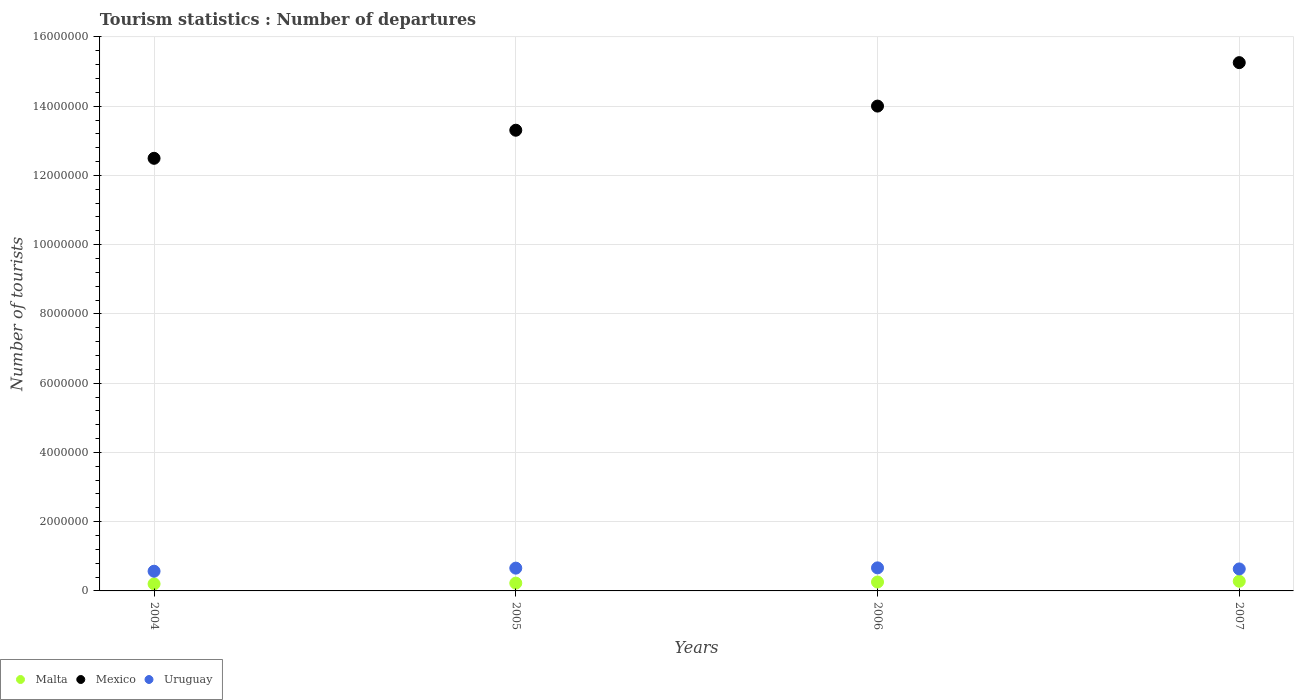
| Years | Malta | Mexico | Uruguay |
 | --- | --- | --- | --- |
 | 2004 | 2.03e+05 | 1.25e+07 | 5.69e+05 |
 | 2005 | 2.25e+05 | 1.33e+07 | 6.58e+05 |
 | 2006 | 2.57e+05 | 1.4e+07 | 6.66e+05 |
 | 2007 | 2.8e+05 | 1.53e+07 | 6.35e+05 |